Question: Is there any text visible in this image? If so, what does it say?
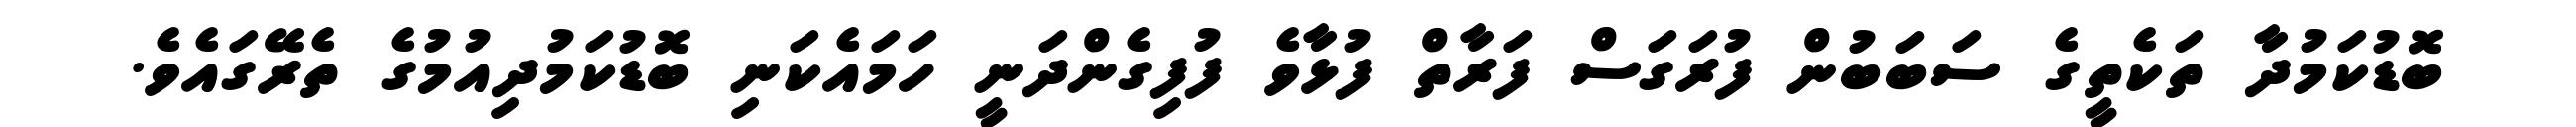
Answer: ބޮޑުކަމުދާ ތަކެތީގެ ސަބަބުން ފުރަގަސް ފަރާތް ފުޅާވެ ފުފިގެންދަނީ ހަމައެކަނި ބޮޑުކަމުދިއުމުގެ ތެރޭގައެވެ.